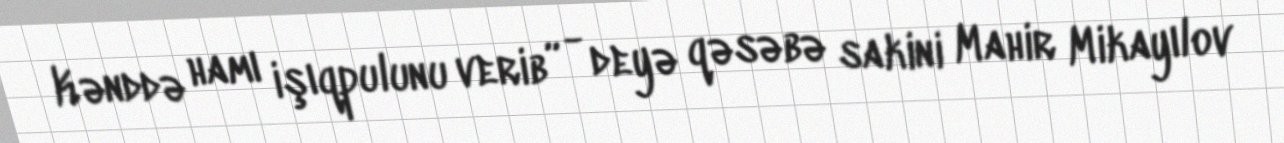
Kənddə hamı işıqpulunu verib” - deyə qəsəbə sakini Mahir Mikayılov